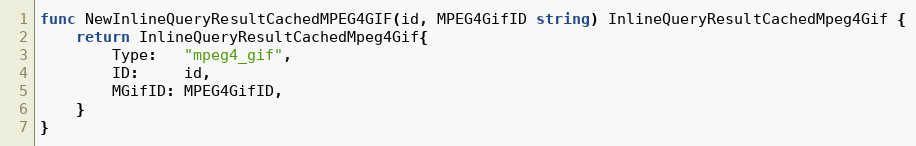
Language: Go
func NewInlineQueryResultCachedMPEG4GIF(id, MPEG4GifID string) InlineQueryResultCachedMpeg4Gif {
	return InlineQueryResultCachedMpeg4Gif{
		Type:   "mpeg4_gif",
		ID:     id,
		MGifID: MPEG4GifID,
	}
}